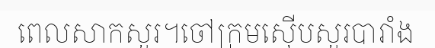
ពេលសាកសួរ។ចៅក្រមស៊ើបសួរបារាំង